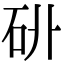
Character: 𥐫